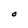
Character: O